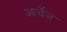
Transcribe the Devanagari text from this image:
आर्चेज